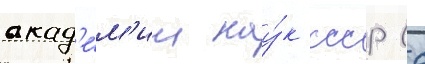
акад'е́м'ии нау́к ссср (с